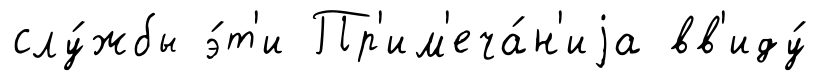
слу́жбы э́т'и Пр'им'еча́н'иjа вв'иду́